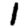
Digit: 1